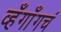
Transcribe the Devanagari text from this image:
व्हँगाँगचं